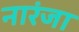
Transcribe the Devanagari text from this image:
नारंजा